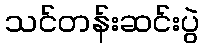
သင်တန်းဆင်းပွဲ